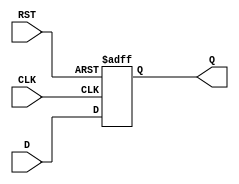
module synchronous_register (
    input wire D,        // Data input
    input wire CLK,      // Clock input
    input wire RST,      // Asynchronous reset input
    output reg Q         // Data output
);

    // Always block triggered on the clock edge
    always @(posedge CLK or posedge RST) begin
        if (RST) begin
            Q <= 1'b0;   // Set output to 0 on reset
        end else begin
            Q <= D;      // Capture the input data on clock edge
        end
    end

endmodule